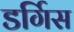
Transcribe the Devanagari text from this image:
डर्गिस